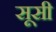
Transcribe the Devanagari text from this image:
सूसी